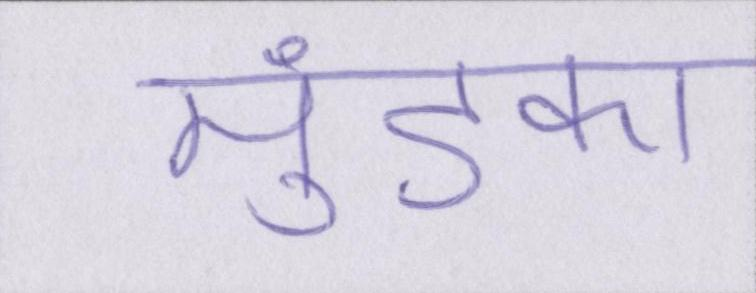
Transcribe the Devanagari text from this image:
मुंडका